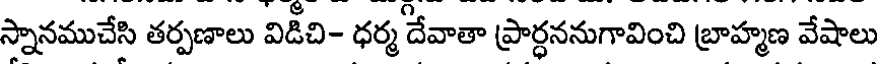
స్నానముచేసి తర్పణాలు విడిచి- ధర్మ దేవాతా ప్రార్ధననుగావించి బ్రాహ్మణ వేషాలు